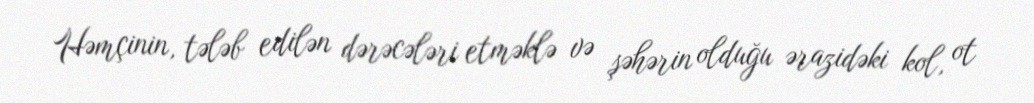
Həmçinin, tələb edilən dərəcələri etməklə və şəhərin olduğu ərazidəki kol, ot